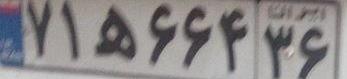
۷۱ه۶۶۴۳۶